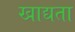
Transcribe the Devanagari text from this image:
खाद्यता